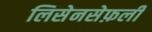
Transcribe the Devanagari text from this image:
लिसेनसेफ़ली